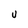
Character: v